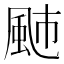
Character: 𩖭